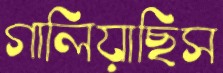
গালিয়াছিস